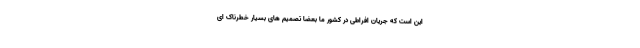
این است که جریان افراطی در کشور ما بعضا تصمیم های بسیار خطرناک ای